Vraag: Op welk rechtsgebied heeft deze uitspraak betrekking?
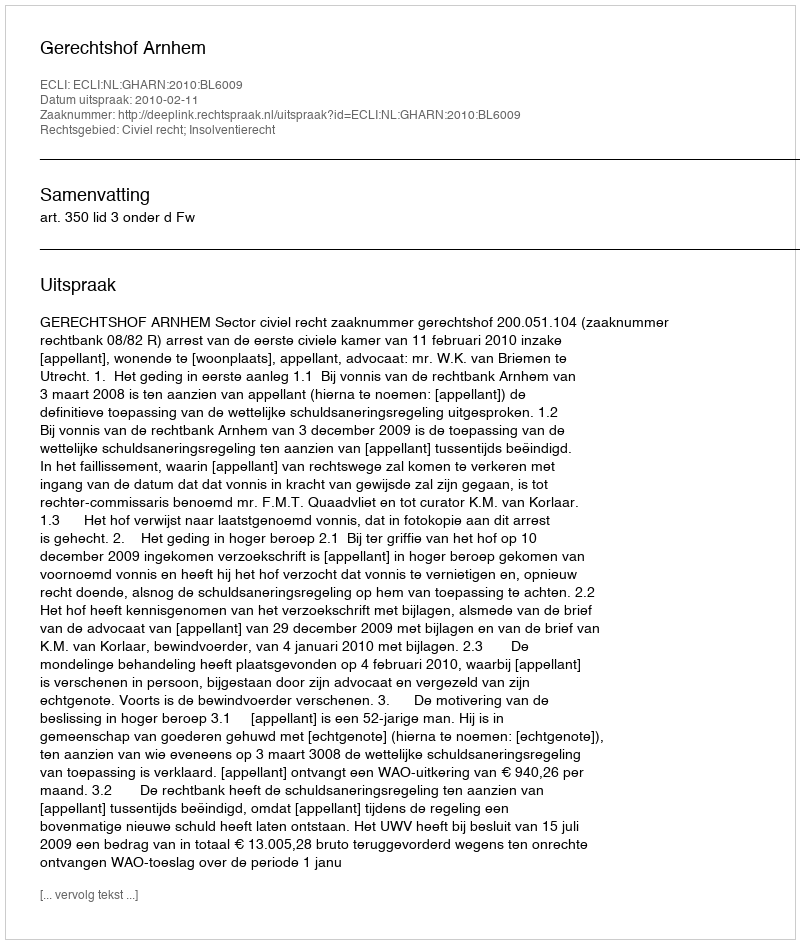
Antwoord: Civiel recht; Insolventierecht